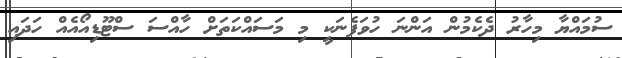
ސުމައްޔާ މިހާރު ދެކެމުން އަންނަ ހުވަފެނަކީ މި މަސައްކަތަށް ހާއްސަ ސްޓޫޑިއޯއެއް ހަދައި